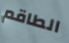
الطاقم